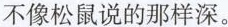
不像松鼠说的那样深。